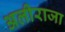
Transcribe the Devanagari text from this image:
अलीराजा